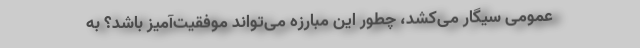
عمومی سیگار می‌کشد، چطور این مبارزه می‌تواند موفقیت‌آمیز باشد؟ به